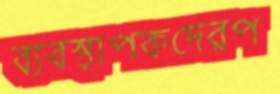
ব্যবস্থাপকদেরপ